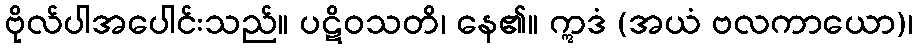
ဗိုလ်ပါအပေါင်းသည်။ ပဋိဝသတိ၊ နေ၏။ ဣဒံ (အယံ ဗလကာယော)၊